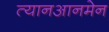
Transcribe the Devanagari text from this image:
त्यानआनमेन